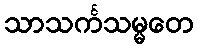
သာသင်္ကသမ္မတေ